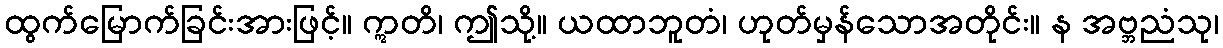
ထွက်မြောက်ခြင်းအားဖြင့်။ ဣတိ၊ ဤသို့။ ယထာဘူတံ၊ ဟုတ်မှန်သောအတိုင်း။ န အဗ္ဘညံသု၊